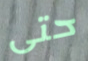
حتى